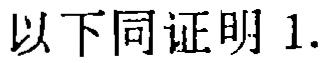
以下同证明 1.